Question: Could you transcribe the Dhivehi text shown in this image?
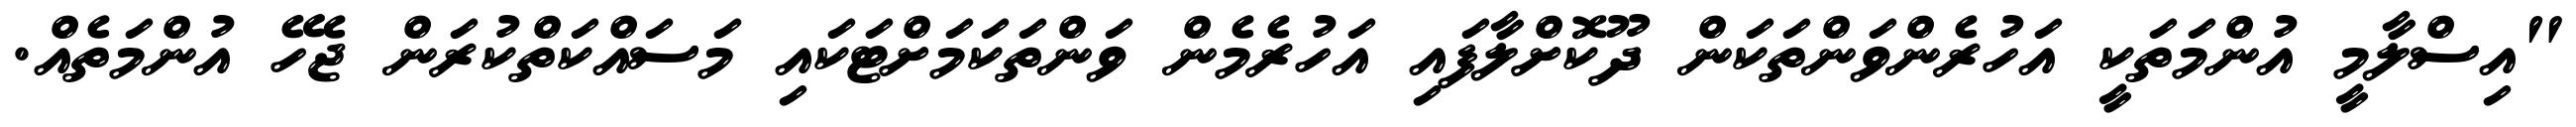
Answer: "އިސްލާމީ އުންމަތަކީ އަހުރެންވަންތަކަން ދޫކޮށްލާފައި އަހުރެމެން ވަންތަކަމަށްޓަކައި މަސައްކަތްކުރަން ޖެހޭ އުންމަތެއް.